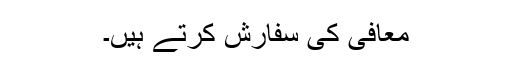
معافی کی سفارش کرتے ہیں۔